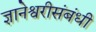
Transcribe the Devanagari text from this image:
ज्ञानेश्वरीसंबंधी